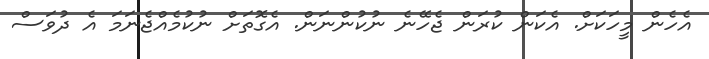
އެހެން މީހަކަށް. އެކަން ކުރަން ޖެހޭނެ ނުކުންނަން. އެގޮތަށް ނުކުމެއްޖެނަމަ އެ ދުވަސް